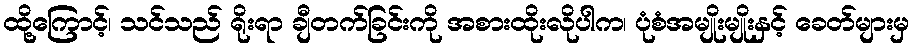
ထို့ကြောင့်၊ သင်သည် ရိုးရာ ချီတက်ခြင်းကို အစားထိုးလိုပါက၊ ပုံစံအမျိုးမျိုးနှင့် ခေတ်များမှ